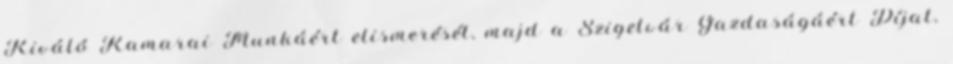
Kiváló Kamarai Munkáért elismerését, majd a Szigetvár Gazdaságáért Díjat,